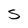
Character: S